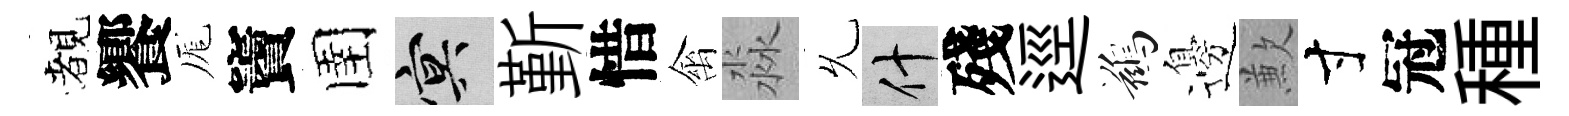
覩饗厖竇圉冥斳惜禽淼𠃔什殘逕鷀邊歉寸冠種